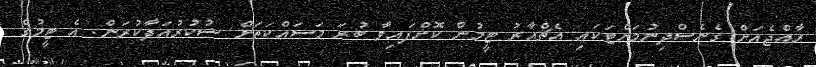
ރާއްޖެއަށް ގެނެސްދިނުމަށްޓަކައި އެޗްއާރު ޓީމުން ކޮށްފައިވާ ބުރަ މަސައްކަތަށް ޝުކުރުއަދާކުރަން. އެ ޓީމުގެ